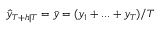
{ \hat { y } } _ { T + h | T } = { \bar { y } } = ( y _ { 1 } + . . . + y _ { T } ) / T